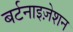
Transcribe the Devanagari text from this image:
बर्टनाइज़ेशन